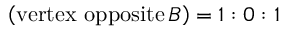
\ \left( { \mathrm { v e r t e x ~ o p p o s i t e } } \, B \right) = 1 : 0 : 1